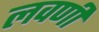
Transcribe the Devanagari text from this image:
लवणी